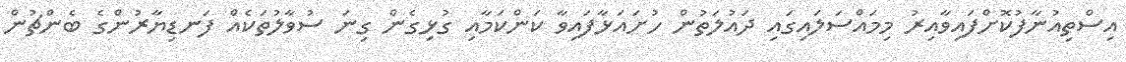
އިސްތިއުނާފުކޮށްފައިވާއިރު މިމައްސަލައިގައި ދައުލަތުން ހުށައަޅާފައިވާ ކަންކަމާއި ގުޅިގެން ގިނަ ސުވާލުތަކެއް ފަނޑިޔާރުންގެ ބެންޗުން